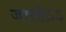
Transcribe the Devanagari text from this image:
जात्तोऽऽ